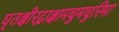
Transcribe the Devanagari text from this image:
घृतक्षीरद्राक्षामधुमधुरिमा